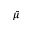
\bar { \mu }